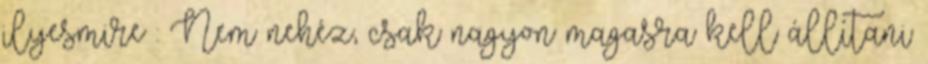
ilyesmire : Nem nehéz, csak nagyon magasra kell állítani